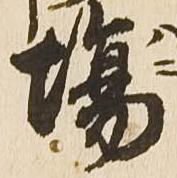
場